Report on sanitation, dispensaries, and jails in Rajputana for 1910, and on vaccination for the year 1910-1911 - 1910-1911
Year: 1910
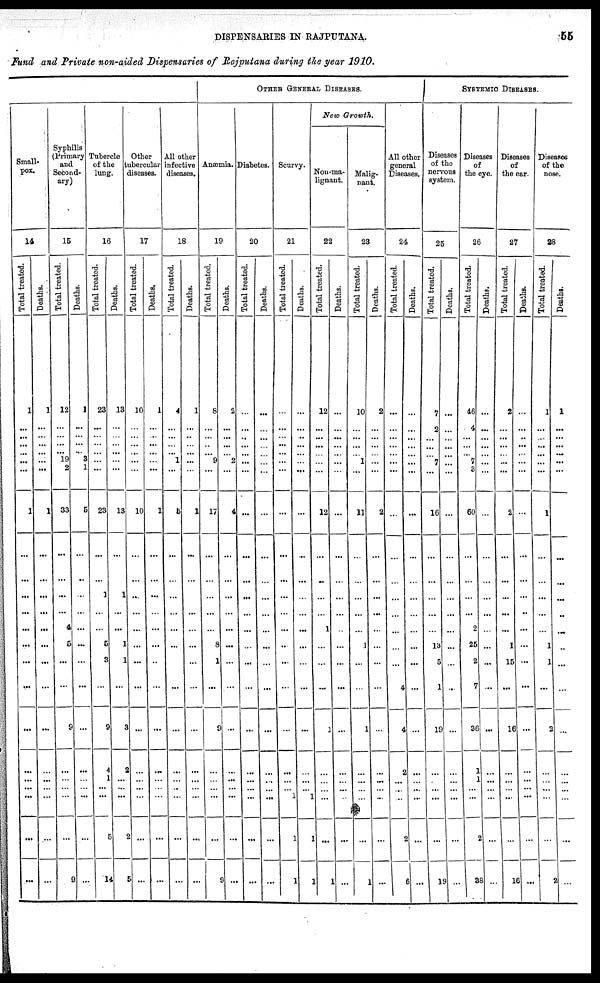
DISPENSARIES IN RAJPUTANA.
55
Fund and Private non-aided Dispensaries of Rajputana during the year 1910.
Small-
pox.
14
Total treated.
1
...
...
...
...
...
...
1
...
...
...
...
...
...
...
...
...
...
...
... ...
...
...
Deaths.
1
...
...
... ...
...
...
1
...
...
...
...
...
...
...
...
...
...
...
... ...
...
...
Syphilis
(Primary
and
Second-
ary)
15
Total treated.
12
...
...
...
... 19
2
33
...
...
...
...
4
5
...
...
9
...
...
...
...
...
9
Deaths.
1
...
...
... ...
3
1
5
...
...
...
...
...
...
...
...
...
...
...
... ...
...
...
Tubercle
of the
lung.
16
Total treated.
23
...
...
... ...
...
...
23
...
...
1
...
...
5
3
...
9
4
1
... ...
5
14
Deaths.
13
...
...
... ...
...
...
13
...
...
1
...
...
1
1
...
3
2
...
... ...
2
5
Other
tubercular
diseases.
17
Total treated.
10
...
...
... ...
...
...
10
...
...
...
...
...
...
...
...
...
...
...
...
...
...
...
Deaths.
1
...
...
... ...
...
...
1
...
...
...
...
...
...
...
...
...
...
...
...
...
...
...
All other
infective
diseases.
18
Total treated.
4
...
...
...
... 1
...
5
...
...
...
...
...
...
...
...
...
...
...
...
...
...
...
Deaths.
1
...
...
... ...
...
...
1
...
...
...
...
...
...
...
...
...
...
...
... ...
...
...
OTHER GENERAL DISEASES.
Anæmia.
19
Total treated.
8
...
...
...
... 9
...
17
...
...
...
...
...
8
1
...
9
...
...
... ...
...
9
Deaths.
2
...
...
...
... 2
...
4
...
...
...
...
...
...
...
...
...
...
...
... ...
...
...
Diabetes.
20
Total treated.
...
...
...
... ...
...
...
...
...
...
...
...
...
...
...
...
...
...
...
... ...
...
...
Deaths.
...
...
...
... ...
...
...
...
...
...
...
...
...
...
...
...
...
...
...
... ...
...
...
Scurvy.
21
Total treated.
...
...
...
... ...
...
...
...
...
...
...
...
...
...
...
...
...
...
...
...
1
1
1
Deaths.
...
...
...
... ...
...
...
...
...
...
...
...
...
...
...
...
...
...
...
... 1
1
1
New Growth.
Non-ma-
lignant.
22
Total treated.
12
...
...
... ...
...
...
12
...
...
...
...
1
...
...
...
1
...
...
...
...
...
1
Deaths.
...
...
...
... ...
...
...
...
...
...
...
...
...
...
...
...
...
...
...
... ...
...
...
Malig-
nant.
23
Total treated.
10
...
...
...
... 1
...
11
...
...
...
...
...
1
...
...
1
...
...
...
...
...
1
Deaths.
2
...
...
... ...
...
...
2
...
...
...
...
...
...
...
...
...
...
...
... ...
...
...
All other
general
Diseases.
24
Total treated.
...
...
...
... ...
...
...
...
...
...
...
...
...
...
...
4
4
2
...
... ...
...
6
Deaths.
...
...
...
... ...
...
...
...
...
...
...
...
...
...
...
...
...
...
...
... ...
2
...
SYSTEMIC DISEASES.
Diseases
of the
nervous
system.
25
Total treated.
7
2
...
...
... 7
...
16
...
...
...
...
...
13
5
1
19
...
...
...
...
...
19
Deaths.
...
...
...
... ...
...
...
...
...
...
...
...
...
...
...
...
...
...
...
... ...
...
...
Diseases
of
the eye.
26
Total treated.
46
4
...
...
... 7
3
60
...
...
...
...
2
25
2
7
36
1
1
... ...
...
38
Deaths.
...
...
...
... ...
...
...
...
...
...
...
...
...
...
...
...
...
...
...
... ...
2
...
Diseases
of
the ear.
27
Total treated.
2
...
...
... ...
...
...
2
...
...
...
...
...
1
15
...
16
...
...
... ...
...
16
Deaths.
...
...
...
... ...
...
...
...
...
...
...
...
...
...
...
...
...
...
...
... ...
...
...
Diseases
of the
nose.
28
Total treated.
1
...
...
... ...
...
...
1
...
...
...
...
...
1
1
...
2
...
...
... ...
...
2
Deaths.
1
...
...
... ...
...
...
...
...
...
..
...
...
...
...
...
...
...
...
...
...
...